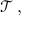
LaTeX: { \mathcal { T } } \, ,